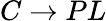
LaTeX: C\rightarrow PL